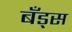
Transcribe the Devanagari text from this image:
बँड्स